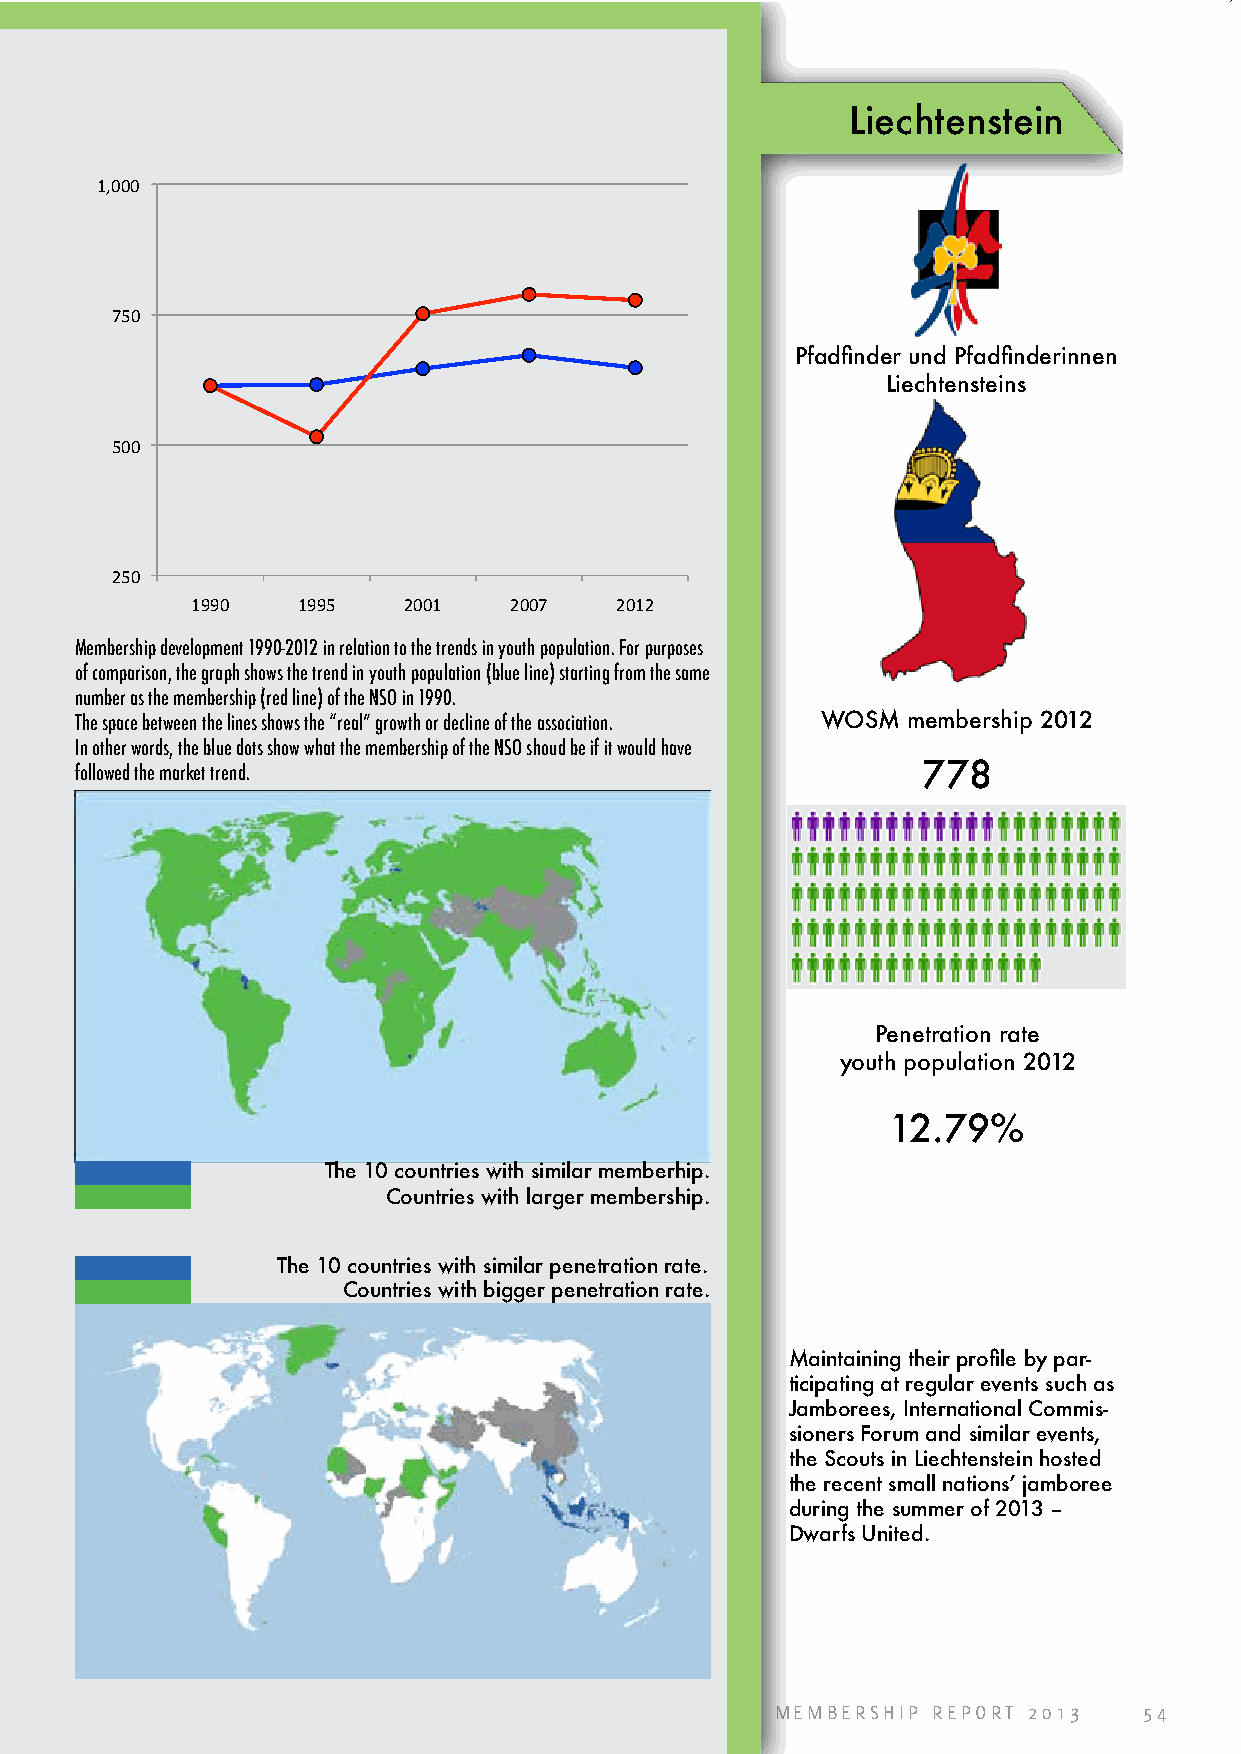
Liechtenstein
 1,000
 750
 Pfadfinder und Pfadfinderinnen
 Liechtensteins
 500
 250
 1990   1995   2001   2007   2012
 Membership development 1990-2012 in relation to the trends in youth population. For purposes
 of comparison, the graph shows the trend in youth population (blue line) starting from the same
 number as the membership (red line) of the NSO in 1990.
 The space between the lines shows the “real” growth or decline of the association. WOSM membership 2012
 In other words, the blue dots show what the membership of the NSO shoud be if it would have
 followed the market trend.                              778
 Penetration rate
 youth population 2012
 12.79%
 The 10 countries with similar memberhip.
 Countries with larger membership.
 The 10 countries with similar penetration rate.
 Countries with bigger penetration rate.
 Maintaining their profile by par-
 ticipating at regular events such as
 Jamborees, International Commis-
 sioners Forum and similar events,
 the Scouts in Liechtenstein hosted
 the recent small nations’ jamboree
 during the summer of 2013 –
 Dwarfs United.
 MEMBERSHIP REPORT 2013   54